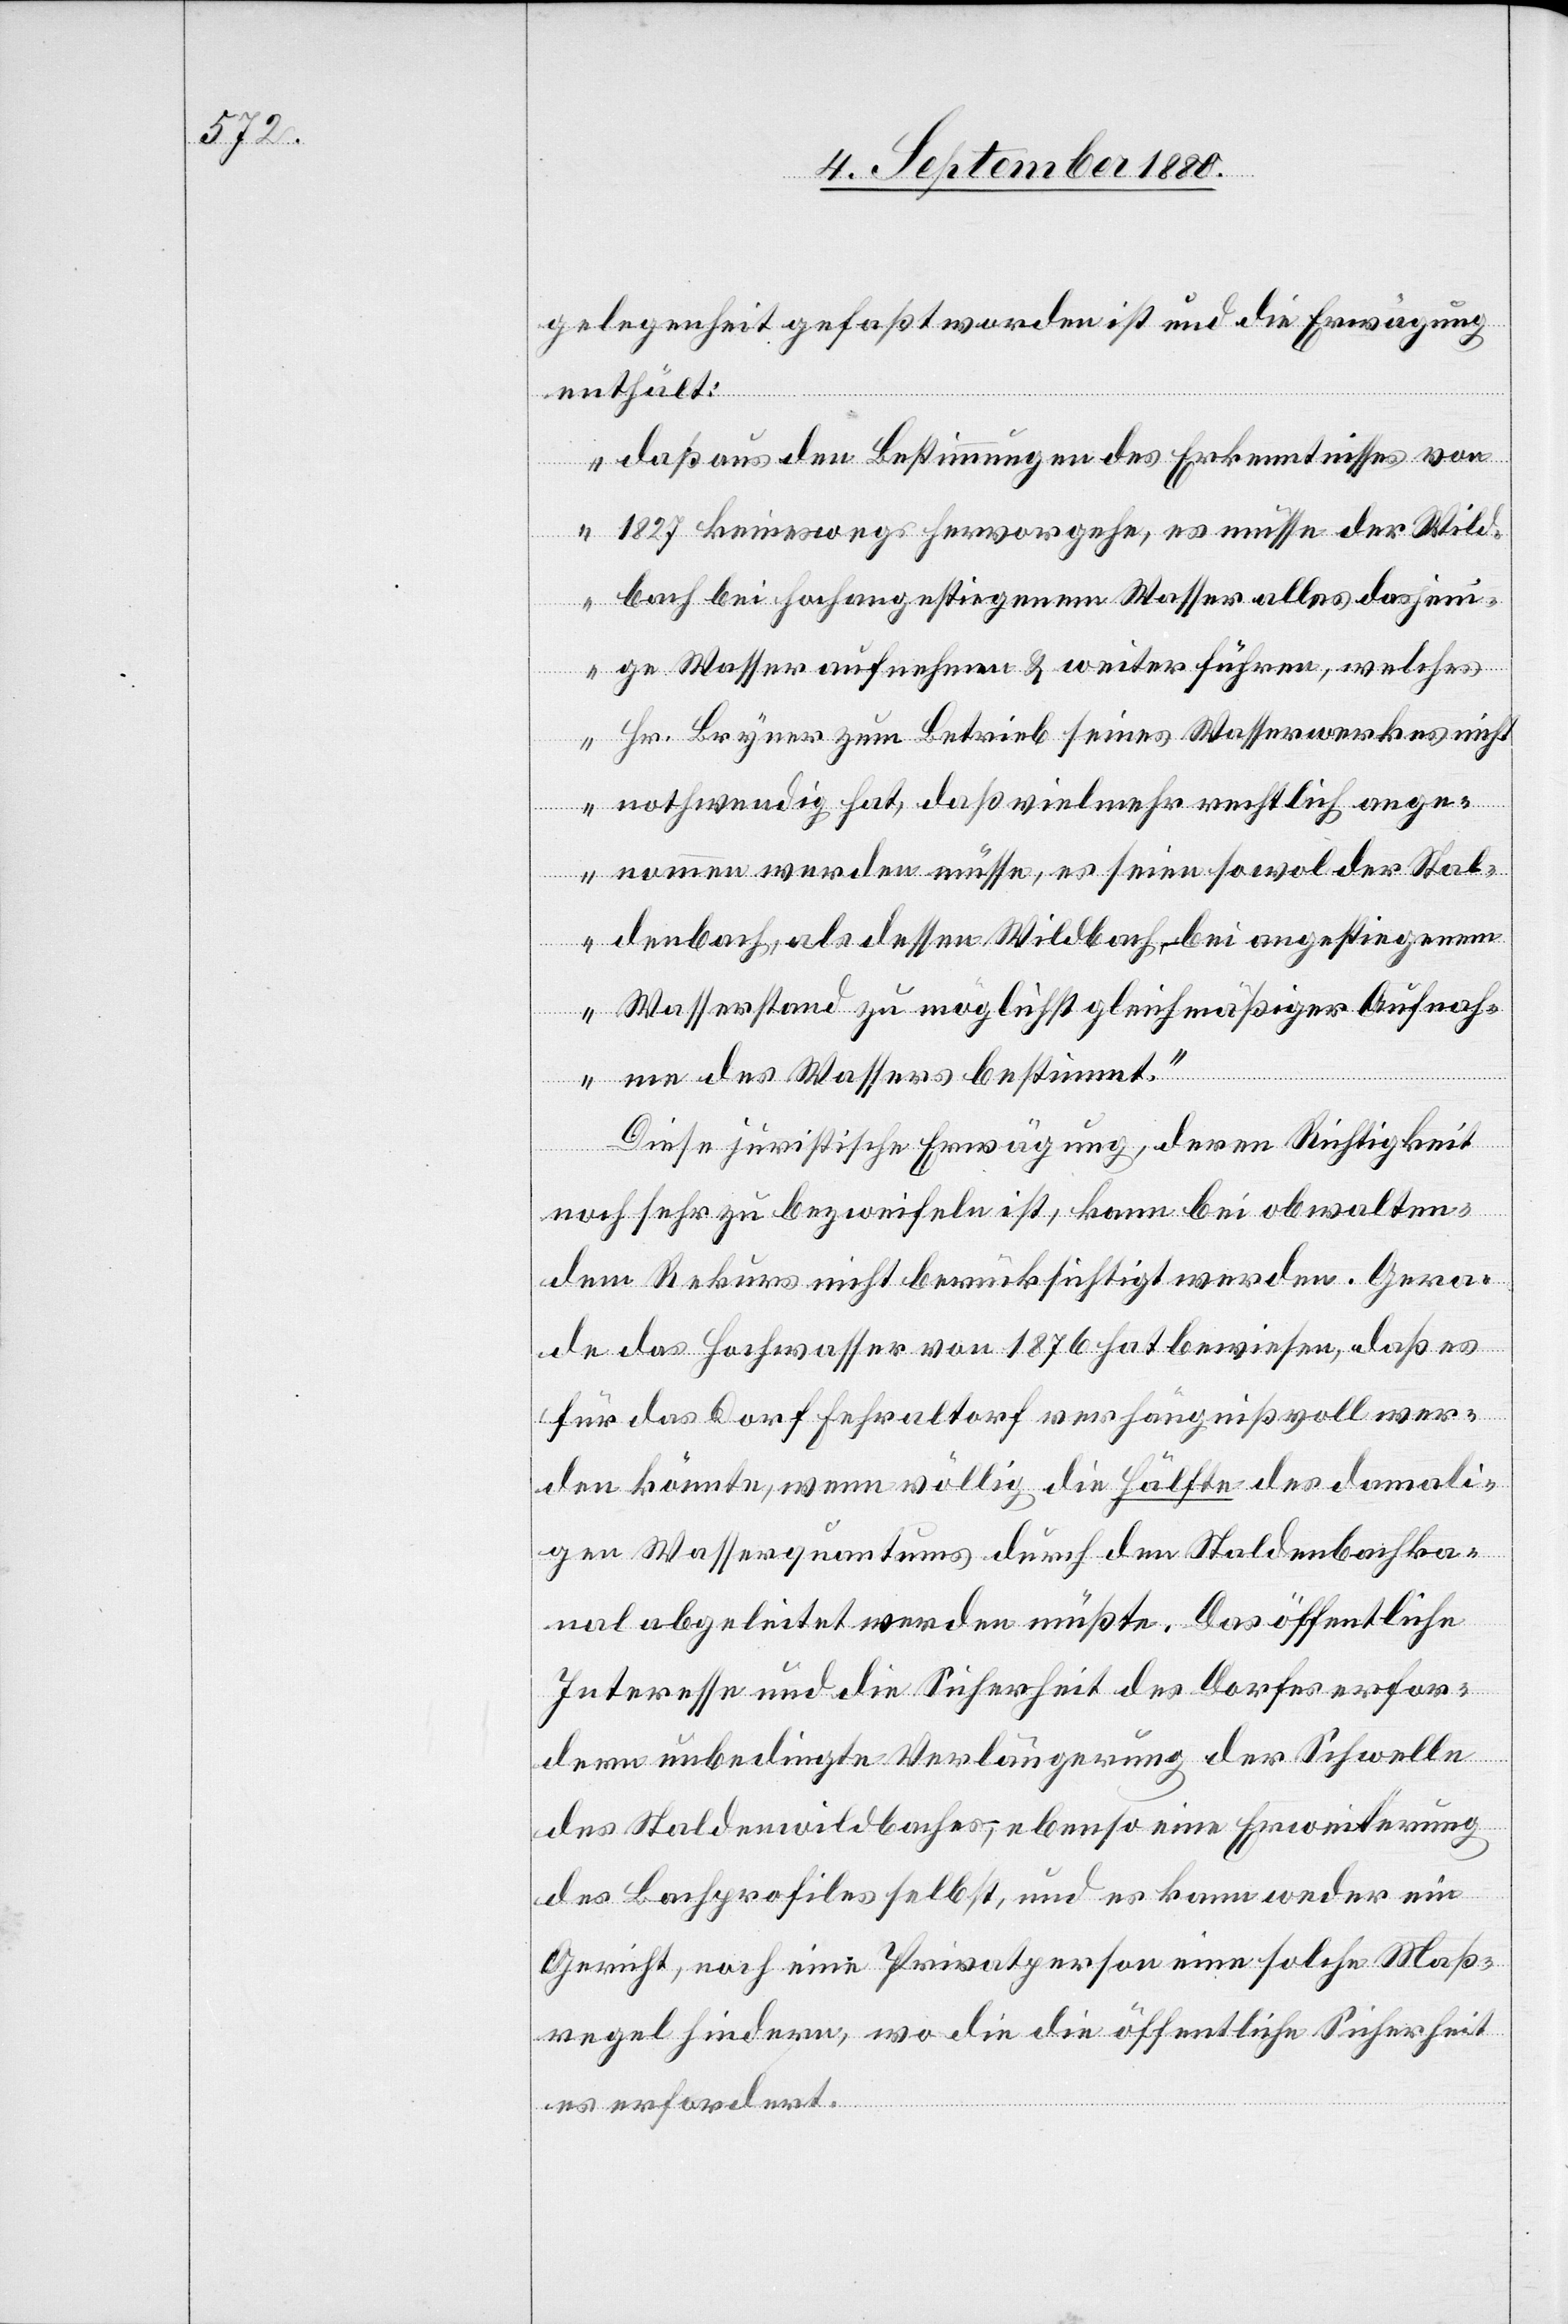
gelegenheit gefaßt worden ist und die Erwägung
enthält:
„daß aus den Bestimmungen des Erkenntisses von
1827 keineswegs hervorgehe, es müsse der Wild¬
bach bei hochangestiegenem Wasser alles dasjeni¬
ge Wasser aufnehmen & weiterführen, welches
Hr. Bryner zum Betrieb seines Wasserwerkes nicht
nothwendig hat, daß vielmehr rechtlich ange¬
nommen werden müsse, es seien sowol der Stal¬
denbach, als dessen Wildbach bei angestiegenem
Wasserstand zu möglichst gleichmäßiger Aufnah¬
me des Wassers bestimmt.“
Diese juristische Erwägung, deren Richtigkeit
noch sehr zu bezweifeln ist, kann bei obwalten¬
dem Rekurs nicht berücksichtigt werden. Gera¬
de das Hochwaser von 1876 hat bewiesen, daß es
für das Dorf Fehraltorf verhängnißvoll wer¬
den könnte, wenn völlig die Hälfte des damali¬
gen Wasserquantums durch den Staldenbachka¬
nal abgeleitet werden müßte. Das öffentliche
Interesse und die Sicherheit des Dorfes erfor¬
dern unbedingte Verlängerung der Schwelle
des Staldenwildbaches, ebenso eine Erweiterung
des Bachprofiles selbst, und es kann weder ein
Gericht, noch eine Privatperson eine solche Maß¬
regel hindern, wo die die [sic!] öffentliche Sicherheit
es erfordert.